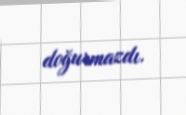
doğurmazdı.